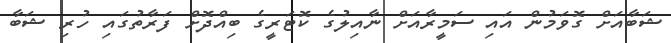
ޝަބާއަށް ގޮވަމުން އައި ސަމީރާއަށް ނާއިލުގެ ކޮޓަރީގެ ބިއްދޮށް ފަރާތުގައި ހުރި ޝަބާ